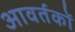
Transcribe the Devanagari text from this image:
आवर्तकों